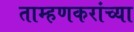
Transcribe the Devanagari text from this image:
ताम्हणकरांच्या